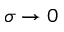
\sigma \to 0